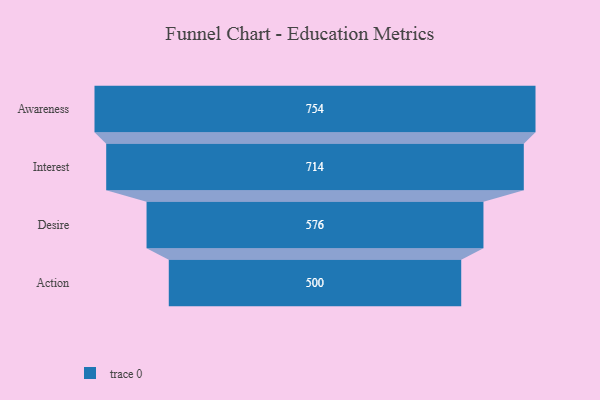
{"axis": {"x": "Stage", "y": "Value"}, "legend": [""], "data": [{"x": "Awareness", "y": 754.0, "type": ""}, {"x": "Interest", "y": 714.0, "type": ""}, {"x": "Desire", "y": 576.0, "type": ""}, {"x": "Action", "y": 500.0, "type": ""}]}